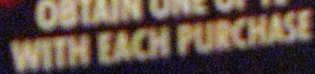
WITH EACH PURCHASE